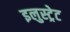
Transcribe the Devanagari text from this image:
इलुस्ट्रेट